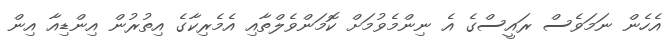
އެހެން ނަމަވެސް ރައީސްގެ އެ ނިންމެވުމަށް ކޮމަންވެލްތާއި އެމެރިކާގެ އިތުރުން އިންޑިއާ އިން